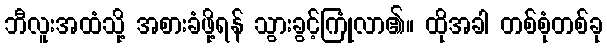
ဘီလူးအထံသို့ အစားခံဖို့ရန် သွားခွင့်ကြုံလာ၏။ ထိုအခါ တစ်စုံတစ်ခု